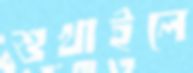
শুখাইলে